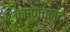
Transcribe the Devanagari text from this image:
कृष्णचन्द